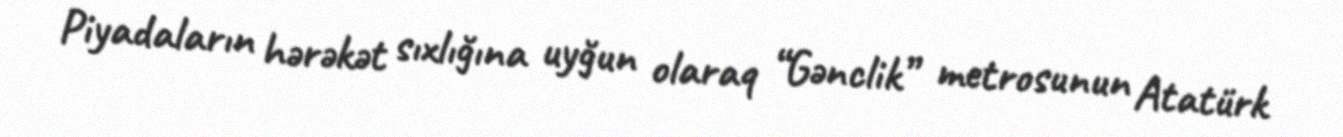
Piyadaların hərəkət sıxlığına uyğun olaraq “Gənclik” metrosunun Atatürk